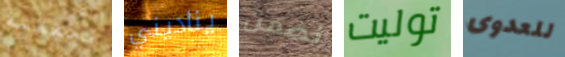
محفظته يناديني نضمن توليت للعدوى